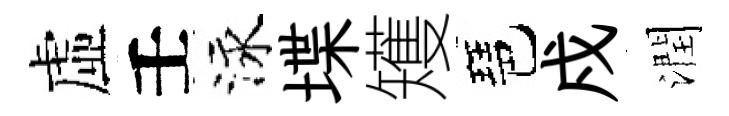
虛壬泳堞矱琶戍潤